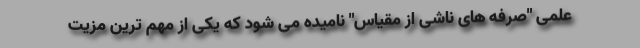
علمی "صرفه های ناشی از مقیاس" نامیده می شود که یکی از مهم ترین مزیت